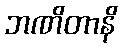
ဘဏိတာနိ